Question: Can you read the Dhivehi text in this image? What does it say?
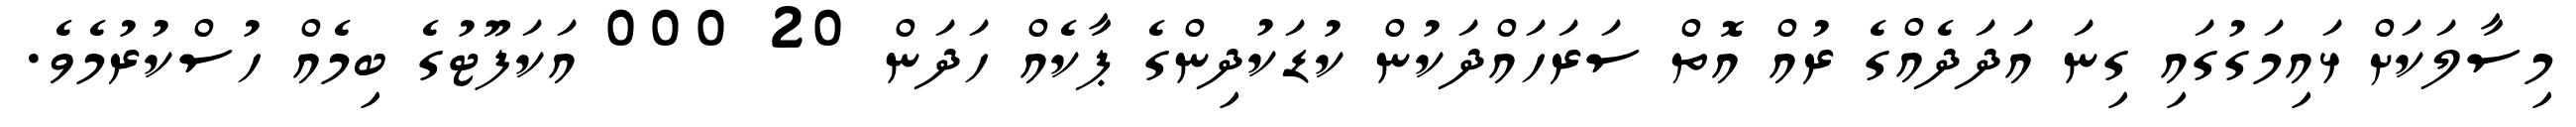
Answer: މިސާލަކަށް ޅައިމަގުގައި ގިނަ އަދަދެއްގެ ރުއް އޮތް ސަރަހައްދަކުން ކުޑަކުދިންގެ ޕާކެއް ހަދަން 20 000 އަކަފޫޓުގެ ބިމެއް ހުސްކުރުމެވެ.